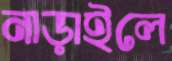
নাড়াইলে